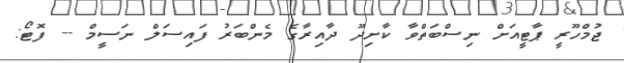
ޖުމްހޫރީ ޕާޓީއަށް ނިސްބަތްވާ ކާށިދޫ ދާއިރާގެ މެންބަރު ފައިސަލް ނަސީމް -- ފޮޓޯ: